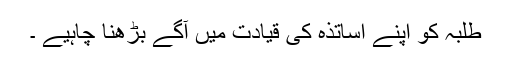
طلبہ کو اپنے اساتذہ کی قیادت میں آگے بڑھنا چاہیے ۔